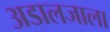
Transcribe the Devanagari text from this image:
अडालजाला